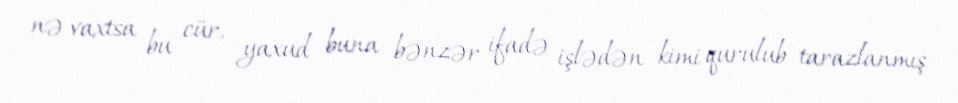
nə vaxtsa bu cür, yaxud buna bənzər ifadə işlədən kimi qurulub tarazlanmış